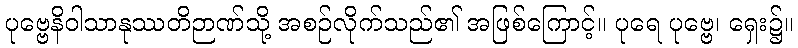
ပုဗ္ဗေနိဝါသာနုဿတိဉာဏ်သို့ အစဉ်လိုက်သည်၏ အဖြစ်ကြောင့်။ ပုရေ ပုဗ္ဗေ၊ ရှေး၌။